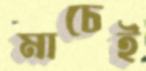
মাচেই